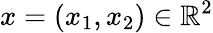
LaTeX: x=(x_{1},x_{2})\in\mathbb{R}^{2}